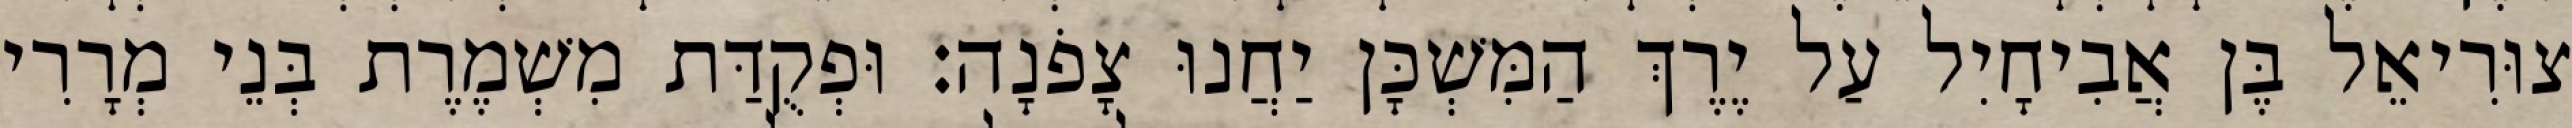
צוּרִיאֵל בֶּן אֲבִיחָיִל עַל יֶרֶךְ הַמִּשְׁכָּן יַחֲנוּ צָפֹנָה׃ וּפְקֻדַּת מִשְׁמֶרֶת בְּנֵי מְרָרִי